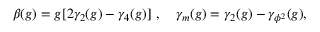
\beta ( g ) = g [ 2 \gamma _ { 2 } ( g ) - \gamma _ { 4 } ( g ) ] \ , ~ ~ ~ \gamma _ { m } ( g ) = \gamma _ { 2 } ( g ) - \gamma _ { \phi ^ { 2 } } ( g ) ,